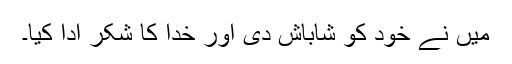
میں نے خود کو شاباش دی اور خدا کا شکر ادا کیا۔